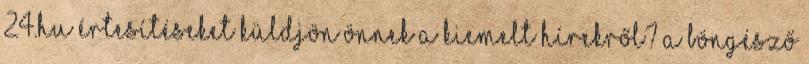
24.hu értesítéseket küldjön Önnek a kiemelt hírekről? a böngésző